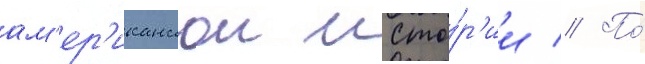
ам'ер'иканскои исто́р'ии // По́